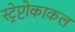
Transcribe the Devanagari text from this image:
स्ट्रेप्टोकाकल